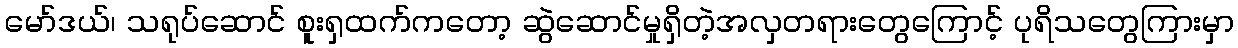
မော်ဒယ်၊ သရုပ်ဆောင် စူးရှထက်ကတော့ ဆွဲဆောင်မှုရှိတဲ့အလှတရားတွေကြောင့် ပုရိသတွေကြားမှာ